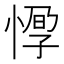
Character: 𢝼